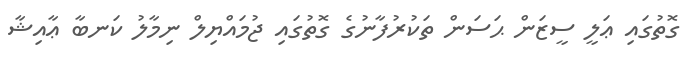
ގޮތުގައި ޢަލީ ސީޒަން ޙަސަން ތަކުރުފާނުގެ ގޮތުގައި ޖުމައްޔިލް ނިމާލު ކަނބާ ޢާއިޝާ